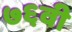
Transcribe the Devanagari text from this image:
७६वी